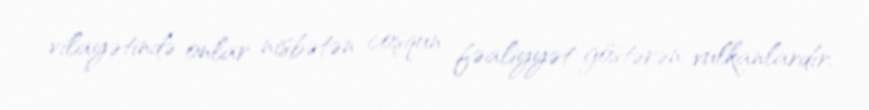
vilayətində onlar nisbətən coşqun fəaliyyət göstərən vulkanlardır.